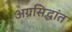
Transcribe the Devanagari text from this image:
अग्रसिद्धांत